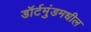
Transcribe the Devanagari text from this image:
डॉर्टमुंडमधील